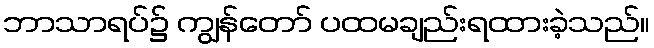
ဘာသာရပ်၌ ကျွန်တော် ပထမချည်းရထားခဲ့သည်။